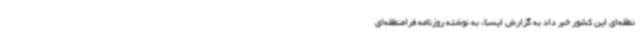
نطقه‌ای‌ این کشور خبر داد به گزارش ایسنا، به نوشته روزنامه فرامنطقه‌ای